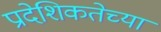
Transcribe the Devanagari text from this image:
प्रादेशिकतेच्या